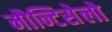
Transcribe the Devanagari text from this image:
मौन्टिसेलो